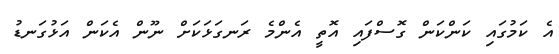
އެ ކަމުގައި ކަންކަން ގޮސްފައި އޮތީ އެންމެ ރަނގަޅަކަށް ނޫން އެކަން އަޅުގަނޑު